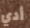
أدي